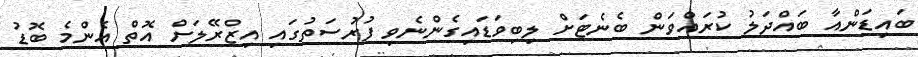
ބައިޑަންއާ ބައްދަލު ކުރައްވަން ބެނެޓަށް ލިބިވަޑައިގެންނެވި ފުރުސަތުގައި އިޒްރޭލަށް އޮތް އެންމެ ބޮޑު